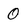
Character: 0